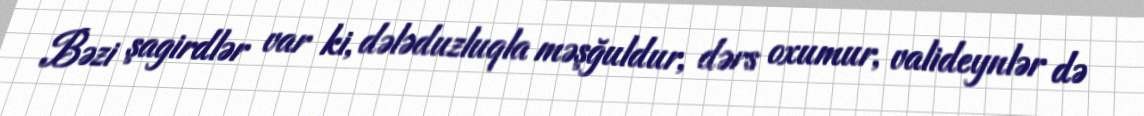
Bəzi şagirdlər var ki, dələduzluqla məşğuldur, dərs oxumur, valideynlər də